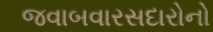
જવાબવારસદારોનો